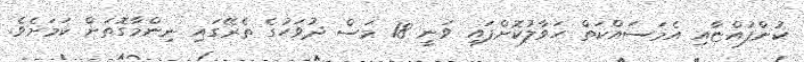
ކުންފުއްޏާއި އެމަސައްކަތް ހަވާލުކޮށްފައި ވަނީ 18 މަސް ދުވަހުގެ ތެރޭގައި ނިންމާގޮތަށް ކަމަށެވެ.